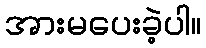
အားမပေးခဲ့ပါ။